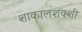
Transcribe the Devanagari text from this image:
शाकालशक्शी